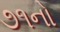
૭૧નો